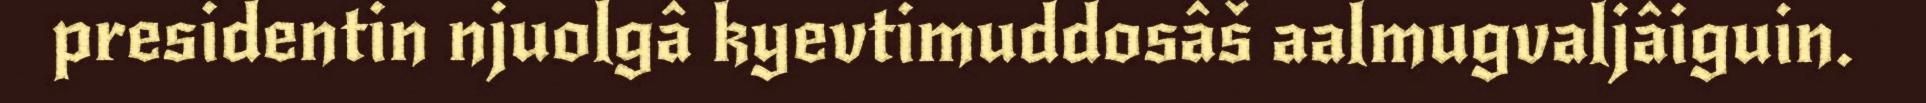
presidentin njuolgâ kyevtimuddosâš aalmugvaljâiguin.